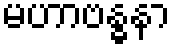
မဟာဗန္ဓနာ